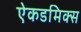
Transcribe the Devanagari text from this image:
ऐकडमिक्स